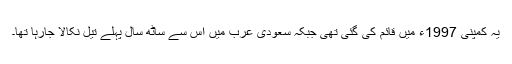
یہ کمپنی 1997ء میں قائم کی گئی تھی جبکہ سعودی عرب میں اس سے ساٹھ سال پہلے تیل نکالا جارہا تھا۔